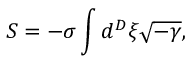
S = - \sigma \int d ^ { D } \xi \sqrt { - \gamma } ,